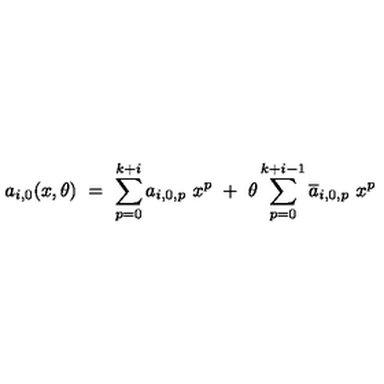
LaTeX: a _ { i , 0 } ( x , \theta ) \ = \ \sum _ { p = 0 } ^ { k + i } a _ { i , 0 , p } \ x ^ { p } \ + \ \theta \sum _ { p = 0 } ^ { k + i - 1 } \overline { { a } } _ { i , 0 , p } \ x ^ { p }